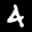
Label: 4